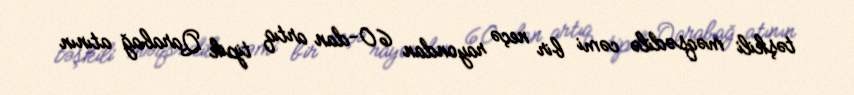
təşkili məqsədilə cəmi bir neçə rayondan 60-dan artıq tipik Qarabağ atının